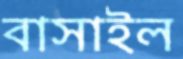
বাসাইল